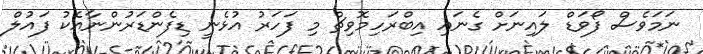
ނަމަވެސް ފޯވަޑް ލައިނަށް ގެނައި އިބްރަހިމޮވިޗް މި ފަހަރު އުޅެނީ ޑިފެންޑަރުންނާއެކު ފައުލް